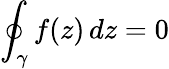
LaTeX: \oint_{\gamma}f(z)\, dz=0